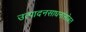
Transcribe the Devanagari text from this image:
उत्पादनसाधनांसोबत